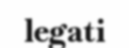
legati